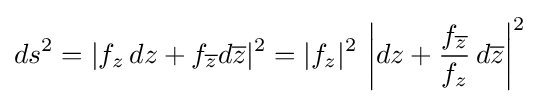
\displaystyle ds^{2}=|f_{z}\,dz+f_{\overline {z}}d{\overline {z}}|^{2}=|f_{z}|^{2}\,\left|dz+{f_{\overline {z}} \over f_{z}}\,d{\overline {z}}\right|^{2}